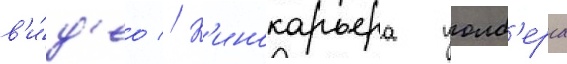
в'и́д'ео // К'инокарьера уолб'ерга